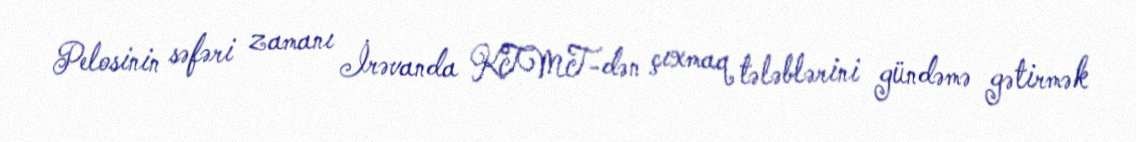
Pelosinin səfəri zamanı İrəvanda KTMT-dən çıxmaq tələblərini gündəmə gətirmək